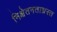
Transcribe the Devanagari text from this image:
निश्चेतनताग्रस्त